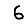
Digit: 6